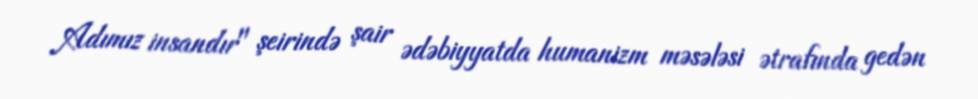
Adımız insandır" şeirində şair ədəbiyyatda humanizm məsələsi ətrafında gedən